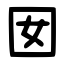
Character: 囡